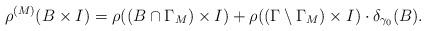
LaTeX: \begin{align*}\rho^{(M)}(B\times I) = \rho((B\cap \Gamma_{M})\times I) + \rho((\Gamma\setminus \Gamma_{M}) \times I)\cdot \delta_{\gamma_{0}}(B).\end{align*}